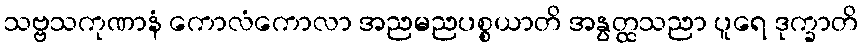
သဗ္ဗသကုဏာနံ ကောလံကောလာ အညမညပစ္စယာတိ အနွတ္ထသညာ ပူရေ ဒုက္ခာတိ